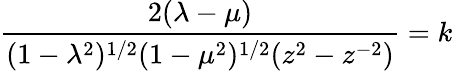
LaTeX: \frac{2(\lambda-\mu)}{(1-\lambda^{2})^{1/2}(1-\mu^{2})^{1/2}(z^{2}-z^{-2})}=k